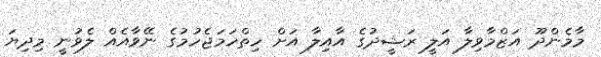
މާމެންދޫ އަޒްމާވިލާ އަލީ ރަޝީދުގެ އާއިލާ އަށް ހިތްހަމަޖެހުމުގެ ނޭވާއެއް ލެވުނީ މިދިޔަ